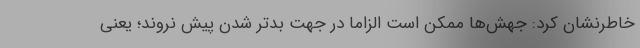
خاطرنشان کرد: جهش‌ها ممکن است الزاما در جهت بدتر شدن پیش نروند؛ یعنی